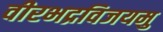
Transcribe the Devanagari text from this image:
वीरभद्रविजयमु